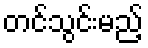
တင်သွင်းမည့်